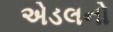
એડલનો